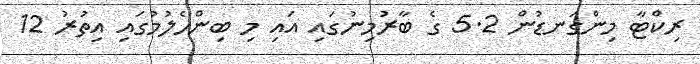
ރިކްޓާ މިންގަނޑުން 5.2 ގެ ބާރުމިނުގައި އައި މި ބިންހެލުމުގައި އިތުރު 12